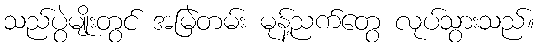
သည်ပွဲမျိုးတွင် အမြဲတမ်း မုန့်ညက်တွေ လုပ်သွားသည်။